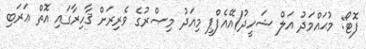
ފޮޓޯ: މުޙައްމަދު އަލް ޝަހީދު/އޭއެފްޕީ މިއަދު މިޞްރުގެ ވެރިރަށް ޤާހިރާގައި އޮތް ޢަރަބި